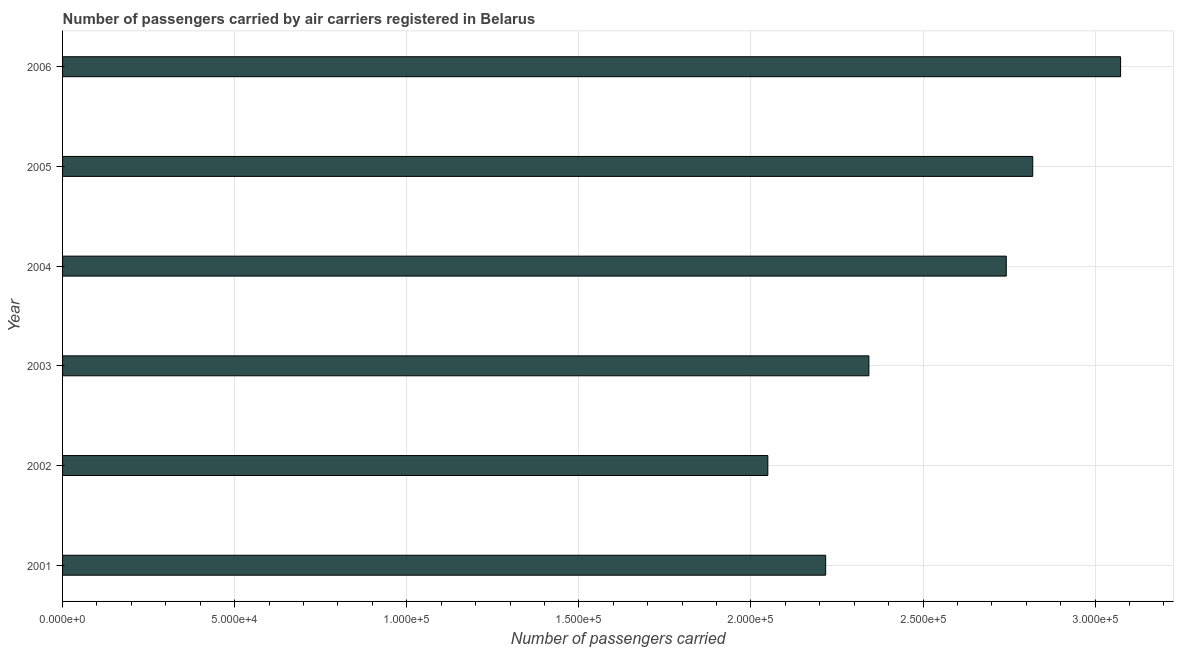
| Year | Air transport |
 | --- | --- |
 | 2001 | 2.22e+05 |
 | 2002 | 2.05e+05 |
 | 2003 | 2.34e+05 |
 | 2004 | 2.74e+05 |
 | 2005 | 2.82e+05 |
 | 2006 | 3.07e+05 |